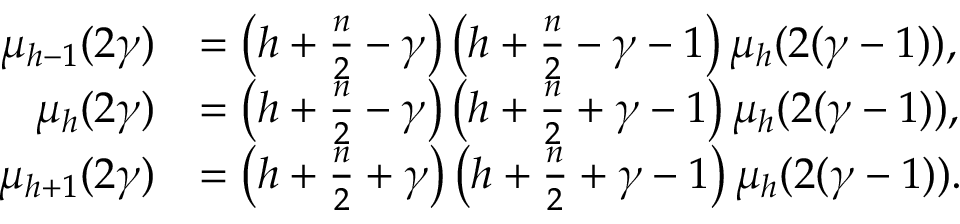
\begin{array} { r l } { \mu _ { h - 1 } ( 2 \gamma ) } & { = \left( h + \frac { n } { 2 } - \gamma \right) \left( h + \frac { n } { 2 } - \gamma - 1 \right) \mu _ { h } ( 2 ( \gamma - 1 ) ) , } \\ { \mu _ { h } ( 2 \gamma ) } & { = \left( h + \frac { n } { 2 } - \gamma \right) \left( h + \frac { n } { 2 } + \gamma - 1 \right) \mu _ { h } ( 2 ( \gamma - 1 ) ) , } \\ { \mu _ { h + 1 } ( 2 \gamma ) } & { = \left( h + \frac { n } { 2 } + \gamma \right) \left( h + \frac { n } { 2 } + \gamma - 1 \right) \mu _ { h } ( 2 ( \gamma - 1 ) ) . } \end{array}